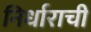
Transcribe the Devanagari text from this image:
निर्धाराची